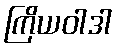
ကြိယဝါဒါ